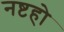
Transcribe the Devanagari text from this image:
नष्टहो